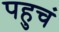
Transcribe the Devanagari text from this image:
पहुचं